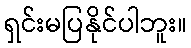
ရှင်းမပြနိုင်ပါဘူး။